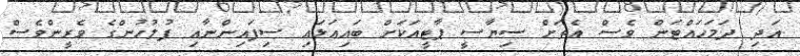
އަދި ދަމަހައްޓަން ވެސް އެތަށް ސިޔާސީ ޕާޓީއަކަށް ބައިއަޅައި ސިފައިންނާއި ފުލުހުންގެ ވެރީންވެސް